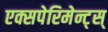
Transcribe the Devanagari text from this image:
एक्सपेरिमेन्ट्‌स्